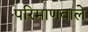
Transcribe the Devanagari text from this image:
परिमाणवाले